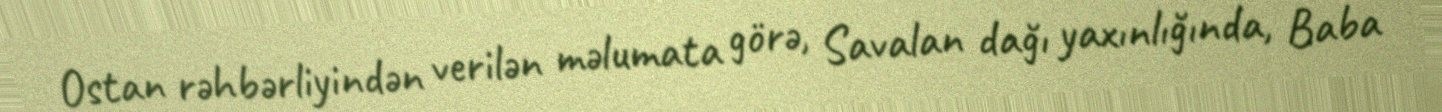
Ostan rəhbərliyindən verilən məlumata görə, Savalan dağı yaxınlığında, Baba